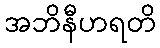
အဘိနီဟရတိ